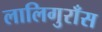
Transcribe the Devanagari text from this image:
लालिगुराँस